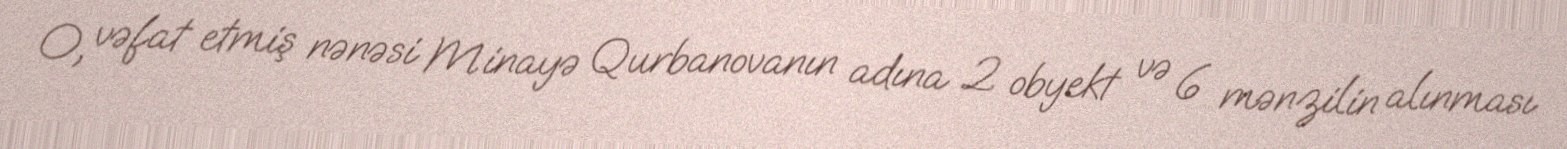
O, vəfat etmiş nənəsi Minayə Qurbanovanın adına 2 obyekt və 6 mənzilin alınması